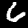
Digit: 6